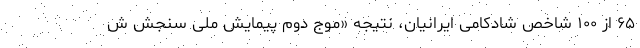
۶۵ از ۱۰۰ شاخص شادکامی ایرانیان، نتیجه «موج دوم پیمایش ملی سنجش ش